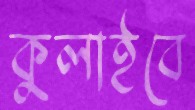
কুলাইবে